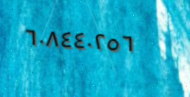
٦٠٨٤٤٠٢٥٦